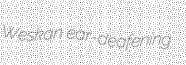
Weskan ear-deafening